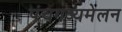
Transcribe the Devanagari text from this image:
पंचगव्यमेलन